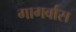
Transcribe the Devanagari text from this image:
गागर्वास